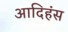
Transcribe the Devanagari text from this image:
आदिहंस